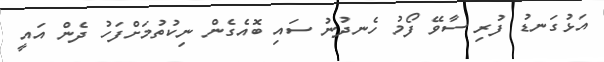
އަޅުގަނޑު ފުރި ސާވޭ ފޯމު ހެނދުނު ސައި ބޮއެގެން ނިކުތުމަށްފަހު ދެން އައީ